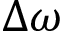
\Delta \omega